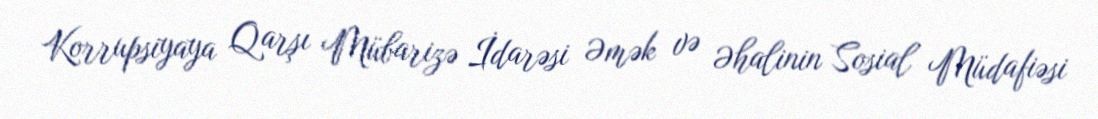
Korrupsiyaya Qarşı Mübarizə İdarəsi Əmək və Əhalinin Sosial Müdafiəsi